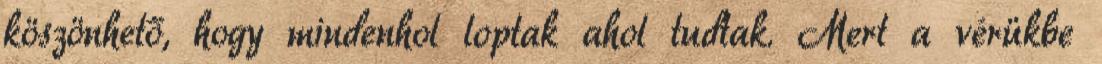
köszönhető, hogy mindenhol loptak ahol tudtak. Mert a vérükbe